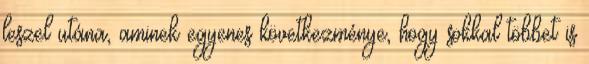
leszel utána, aminek egyenes következménye, hogy sokkal többet is